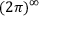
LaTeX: ( 2 \pi ) ^ { \infty }